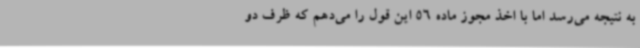
به نتیجه می‌رسد اما با اخذ مجوز ماده 56 این قول را می‌دهم که ظرف دو